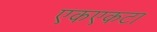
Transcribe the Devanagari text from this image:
एकएकटा